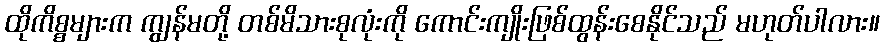
ထိုကိစ္စများက ကျွန်မတို့ တစ်မိသားစုလုံးကို ကောင်းကျိုးဖြစ်ထွန်းစေနိုင်သည် မဟုတ်ပါလား။